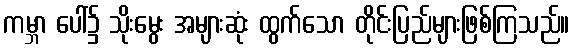
ကမ္ဘာ ပေါ်၌ သိုးမွေး အများဆုံး ထွက်သော တိုင်းပြည်များဖြစ်ကြသည်။